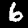
Digit: 6